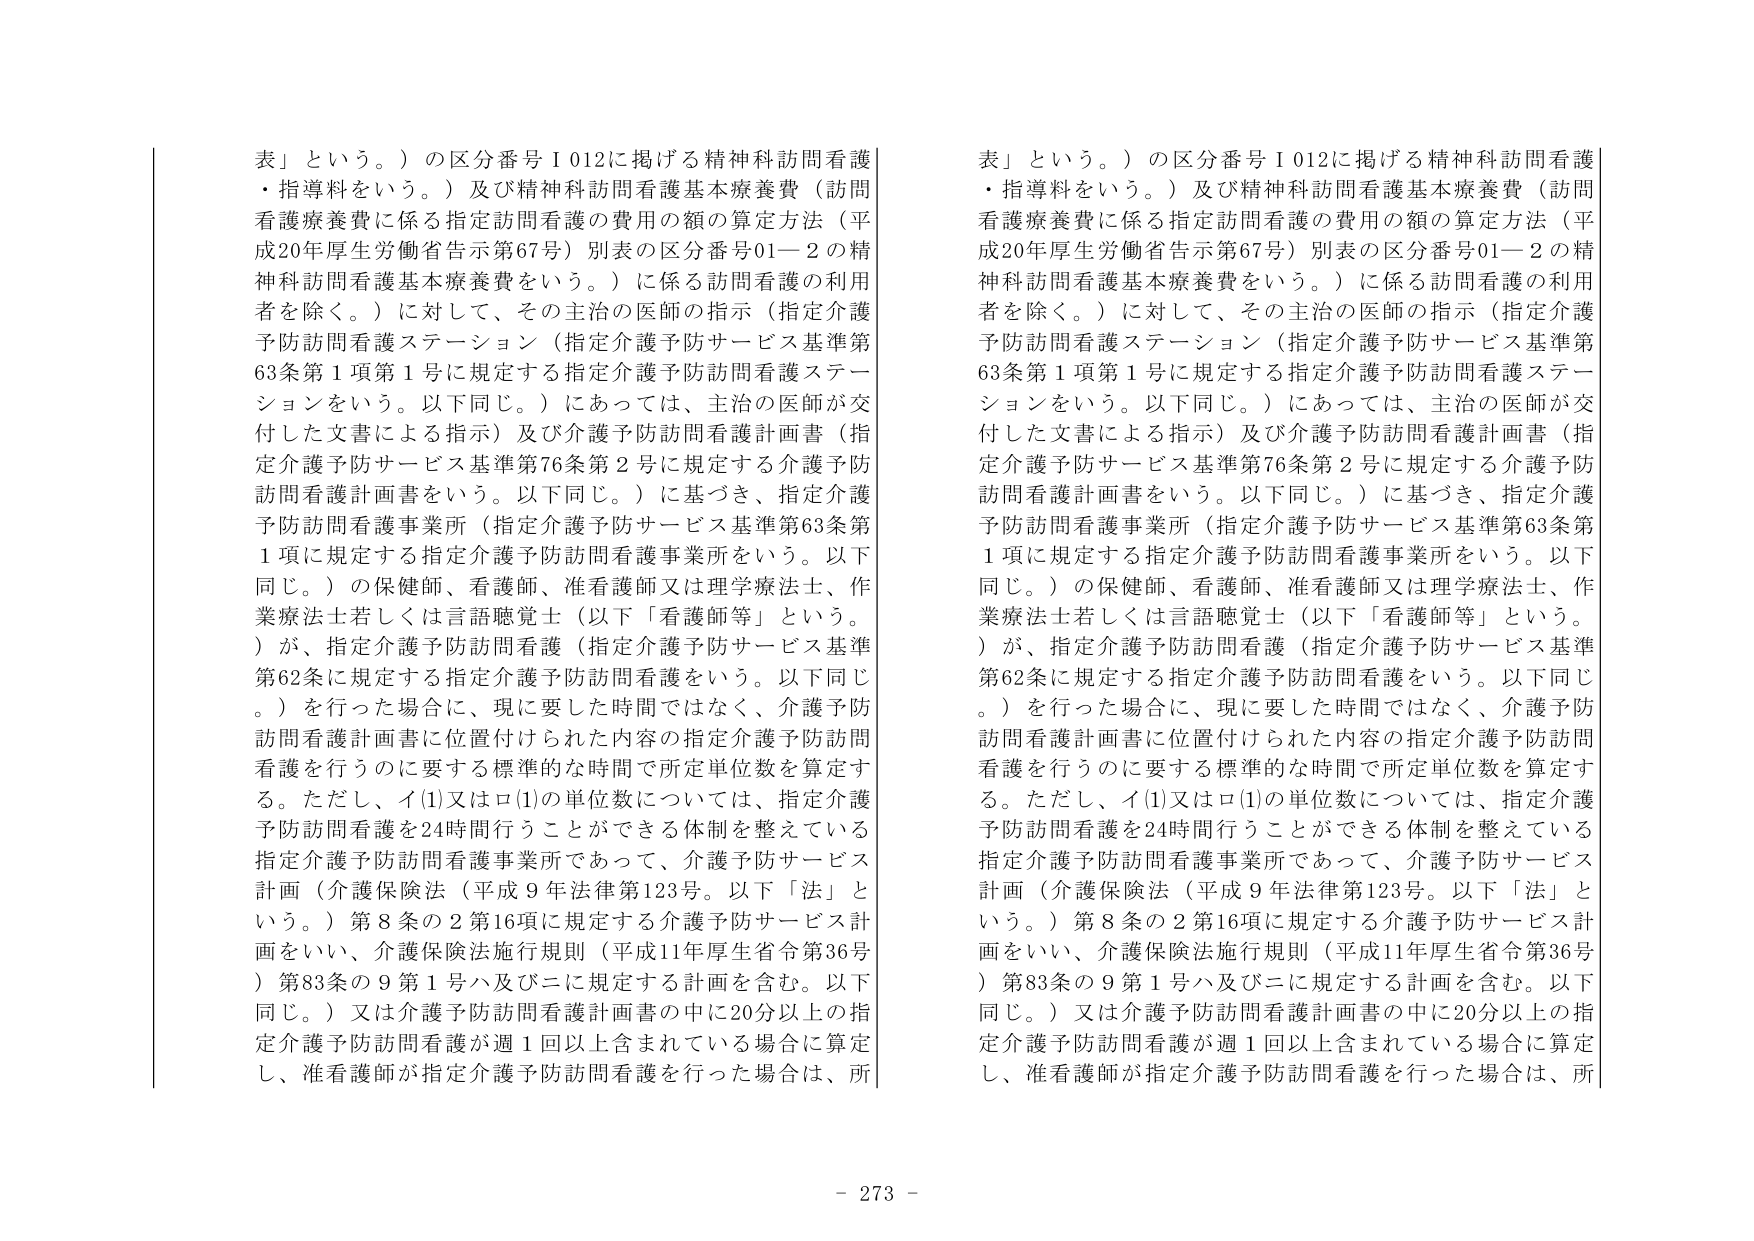
表」という。）の区分番号Ⅰ012に掲げる精神科訪問看護・指導料をいう。）及び精神科訪問看護基本療養費（訪問看護療養費に係る指定訪問看護の費用の額の算定方法（平成20年厚生労働省告示第67号）別表の区分番号01－2の精神科訪問看護基本療養費をいう。）に係る訪問看護の利用者を除く。）に対して、その主治の医師の指示（指定介護予防訪問看護ステーション（指定介護予防サービス基準第63条第1項第1号に規定する指定介護予防訪問看護ステーションをいう。以下同じ。）にあっては、主治の医師が交付した文書による指示）及び介護予防訪問看護計画書（指定介護予防サービス基準第76条第2号に規定する介護予防訪問看護計画書をいう。以下同じ。）に基づき、指定介護予防訪問看護事業所（指定介護予防サービス基準第63条第1項に規定する指定介護予防訪問看護事業所をいう。以下同じ。）の保健師、看護師、准看護師又は理学療法士、作業療法士若しくは言語聴覚士（以下「看護師等」という。）が、指定介護予防訪問看護（指定介護予防サービス基準第62条に規定する指定介護予防訪問看護をいう。以下同じ。）を行った場合に、現に要した時間ではなく、介護予防訪問看護計画書に位置付けられた内容の指定介護予防訪問看護を行うのに要する標準的な時間で所定単位数を算定する。ただし、イ(1)又はロ(1)の単位数については、指定介護予防訪問看護を24時間行うことができる体制を整えている指定介護予防訪問看護事業所であって、介護予防サービス計画（介護保険法（平成9年法律第123号。以下「法」という。）第8条の2第16項に規定する介護予防サービス計画をいい、介護保険法施行規則（平成11年厚生省令第36号）第83条の9第1号ハ及びニに規定する計画を含む。以下同じ。）又は介護予防訪問看護計画書の中に20分以上の指定介護予防訪問看護が週1回以上含まれている場合に算定し、准看護師が指定介護予防訪問看護を行った場合は、所

表」という。）の区分番号Ⅰ012に掲げる精神科訪問看護・指導料をいう。）及び精神科訪問看護基本療養費（訪問看護療養費に係る指定訪問看護の費用の額の算定方法（平成20年厚生労働省告示第67号）別表の区分番号01－2の精神科訪問看護基本療養費をいう。）に係る訪問看護の利用者を除く。）に対して、その主治の医師の指示（指定介護予防訪問看護ステーション（指定介護予防サービス基準第63条第1項第1号に規定する指定介護予防訪問看護ステーションをいう。以下同じ。）にあっては、主治の医師が交付した文書による指示）及び介護予防訪問看護計画書（指定介護予防サービス基準第76条第2号に規定する介護予防訪問看護計画書をいう。以下同じ。）に基づき、指定介護予防訪問看護事業所（指定介護予防サービス基準第63条第1項に規定する指定介護予防訪問看護事業所をいう。以下同じ。）の保健師、看護師、准看護師又は理学療法士、作業療法士若しくは言語聴覚士（以下「看護師等」という。）が、指定介護予防訪問看護（指定介護予防サービス基準第62条に規定する指定介護予防訪問看護をいう。以下同じ。）を行った場合に、現に要した時間ではなく、介護予防訪問看護計画書に位置付けられた内容の指定介護予防訪問看護を行うのに要する標準的な時間で所定単位数を算定する。ただし、イ(1)又はロ(1)の単位数については、指定介護予防訪問看護を24時間行うことができる体制を整えている指定介護予防訪問看護事業所であって、介護予防サービス計画（介護保険法（平成9年法律第123号。以下「法」という。）第8条の2第16項に規定する介護予防サービス計画をいい、介護保険法施行規則（平成11年厚生省令第36号）第83条の9第1号ハ及びニに規定する計画を含む。以下同じ。）又は介護予防訪問看護計画書の中に20分以上の指定介護予防訪問看護が週1回以上含まれている場合に算定し、准看護師が指定介護予防訪問看護を行った場合は、所

- 273 -